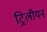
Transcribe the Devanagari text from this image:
ट्रिलीयन